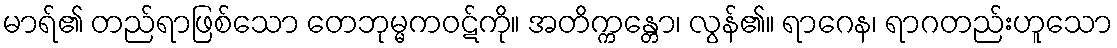
မာရ်၏ တည်ရာဖြစ်သော တေဘုမ္မကဝဋ်ကို။ အတိက္ကန္တော၊ လွန်၏။ ရာဂေန၊ ရာဂတည်းဟူသော